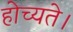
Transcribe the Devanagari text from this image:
होच्यते।